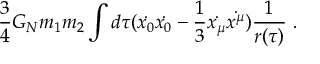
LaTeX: { \frac { 3 } { 4 } } G _ { N } m _ { 1 } m _ { 2 } \int d \tau ( \dot { x _ { 0 } } \dot { x _ { 0 } } - { \frac { 1 } { 3 } } \dot { x _ { \mu } } \dot { x ^ { \mu } } ) { \frac { 1 } { r ( \tau ) } } ~ .